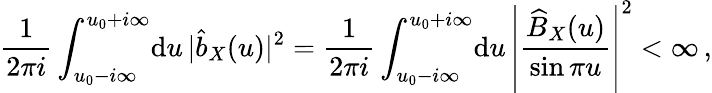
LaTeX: \frac{1}{2\pi i}\int_{u_{0}-i\infty}^{u_{0}+i\infty}\! \mathrm{d}u\, |\widehat b_{X}(u)|^{2}=\frac{1}{2\pi i}\int_{u_{0}-i\infty}^{u_{0}+i\infty}\! \mathrm{d}u\, \left|\frac{\widehat B_{X}(u)}{\sin\pi u}\right|^{2}<\infty\, ,